Lunatic asylums United Provinces 1899-1908 - 1899-1908
Year: 1899
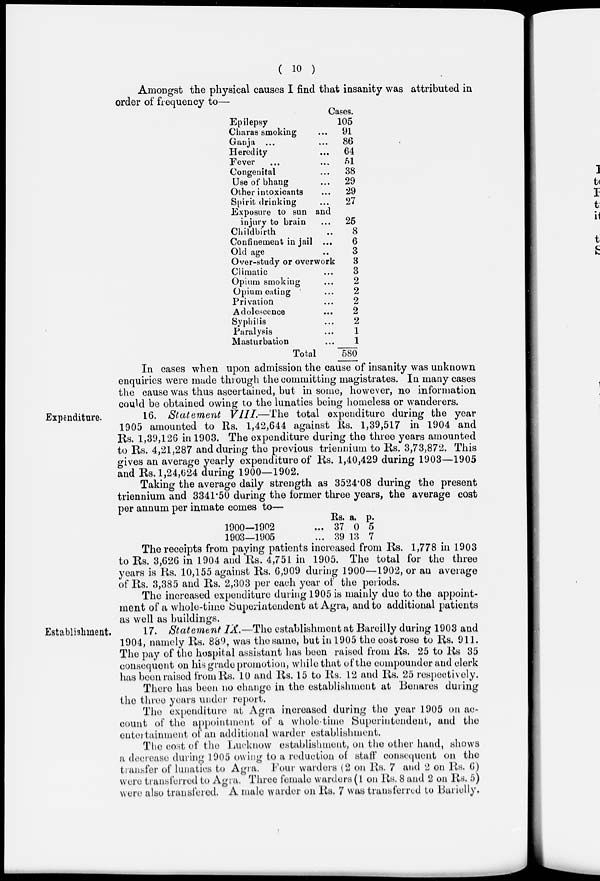
( 10 )
Amongst the physical causes I find that insanity was attributed in
order of frequency to—
Cases.
Epilepsy
Charas smoking ...
Ganja ... ...
Heredity ...
Fever ... ...
Congenital ...
Use of bhang ...
Other intoxicants ...
Spirit drinking ...
Exposure to sun and
injury to brain ...
Childbirth ...
Confinement in jail ...
Old age ...
Over-study or overwork
Climatic ...
Opium smoking ...
Opium eating ...
Privation ...
Adolescence ...
Syphilis ...
Paralysis ...
Masturbation ...
Total
105
91
86
64
51
38
29
29
27
25
8
6
3
3
3
2
2
2
2
2
1
1
580
In cases when upon admission the cause of insanity was unknown
enquiries were made through the committing magistrates. In many cases
the cause was thus ascertained, but in some, however, no information
could be obtained owing to the lunatics being homeless or wanderers.
Expenditure.
16. Statement
VIII.—The
total expenditure during the year
1905 amounted to Rs. 1,42,644 against Rs. 1,39,517 in 1904 and
Rs. 1,39,126 in 1903. The expenditure during the three years amounted
to Rs. 4,21,287 and during the previous triennium to Rs. 3,73,872. This
gives an average yearly expenditure of Rs. 1,40,429 during 1903—1905
and Rs. 1,24,624 during 1900—1902.
Taking the average daily strength as 3524.08 during the present
triennium and 3341.50 during the former three years, the average cost
per annum per inmate comes to—
1900—1902
1903—1905
Rs.
37
39
a.
0
13
p.
5
7
The receipts from paying patients increased from Rs. 1,778 in 1903
to Rs. 3,626 in 1904 and Rs. 4,751 in 1905. The total for the three
years is Rs. 10,155 against Rs. 6,909 during 1900—1902, or an average
of Rs. 3,385 and Rs. 2,303 per each year of the periods.
The increased expenditure during 1905 is mainly due to the appoint-
ment of a whole-time Superintendent at Agra, and to additional patients
as well as buildings.
Establishment.
17. Statement IX.—The establishment at Bareilly during 1903 and
1904, namely Rs. 889, was the same, but in 1905 the cost rose to Rs. 911.
The pay of the hospital assistant has been raised from Rs. 25 to Rs 35
consequent on his grade promotion, while that of the compounder and clerk
has been raised from Rs. 10 and Rs. 15 to Rs. 12 and Rs. 25 respectively.
There has been no change in the establishment at Benares during
the three years under report.
The expenditure at Agra increased during the year 1905 on ac-
count of the appointment of a whole-time Superintendent, and the
entertainment of an additional warder establishment.
The cost of the Lucknow establishment, on the other hand, shows
a decrease during 1905 owing to a reduction of staff consequent on the
transfer of lunatics to Agra. Four warders (2 on Rs. 7 and 2 on Rs. 6)
were transferred to Agra. Three female warders (1 on Rs. 8 and 2 on Rs. 5)
were also transfered. A male warder on Rs. 7 was transferred to Barielly.